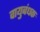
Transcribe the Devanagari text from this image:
वायुबंधक